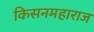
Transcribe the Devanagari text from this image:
किसनमहाराज